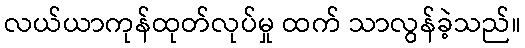
လယ်ယာကုန်ထုတ်လုပ်မှု ထက် သာလွန်ခဲ့သည်။